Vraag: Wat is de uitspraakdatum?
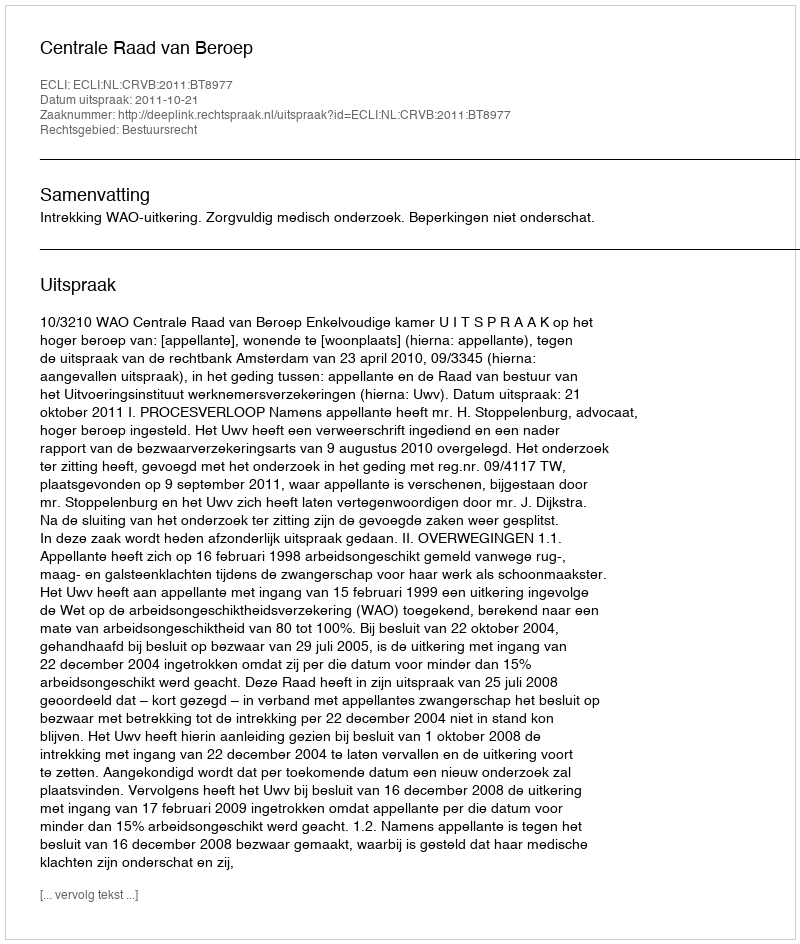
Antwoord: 2011-10-21